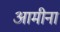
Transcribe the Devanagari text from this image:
आमीना